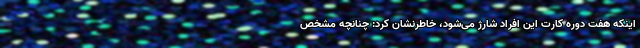
اینکه هفت دوره کارت این افراد شارژ می‌شود، خاطرنشان کرد: چنانچه مشخص